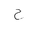
Letter: _ha